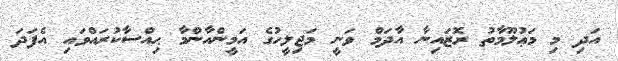
އަދި މި މަޢުލޫމާތު ރޮޒައިނާ އާދަމް ވަނީ މަޖިލީހުގެ އަމީންއާންމާ ޙިއްސާކުރައްވައި އެފަދަ